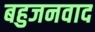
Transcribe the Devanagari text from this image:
बहुजनवाद